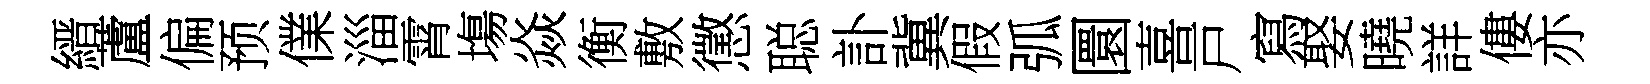
縉蘆偏预㒒淄霄塲焱衡敷懲聪訃冀假弧圜喜戸寫娶曉詳僂亦